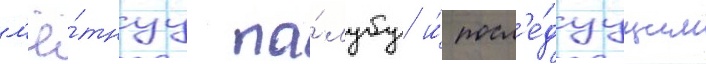
л'ё́тнуу па́лубу и́ посл'е́дуущим